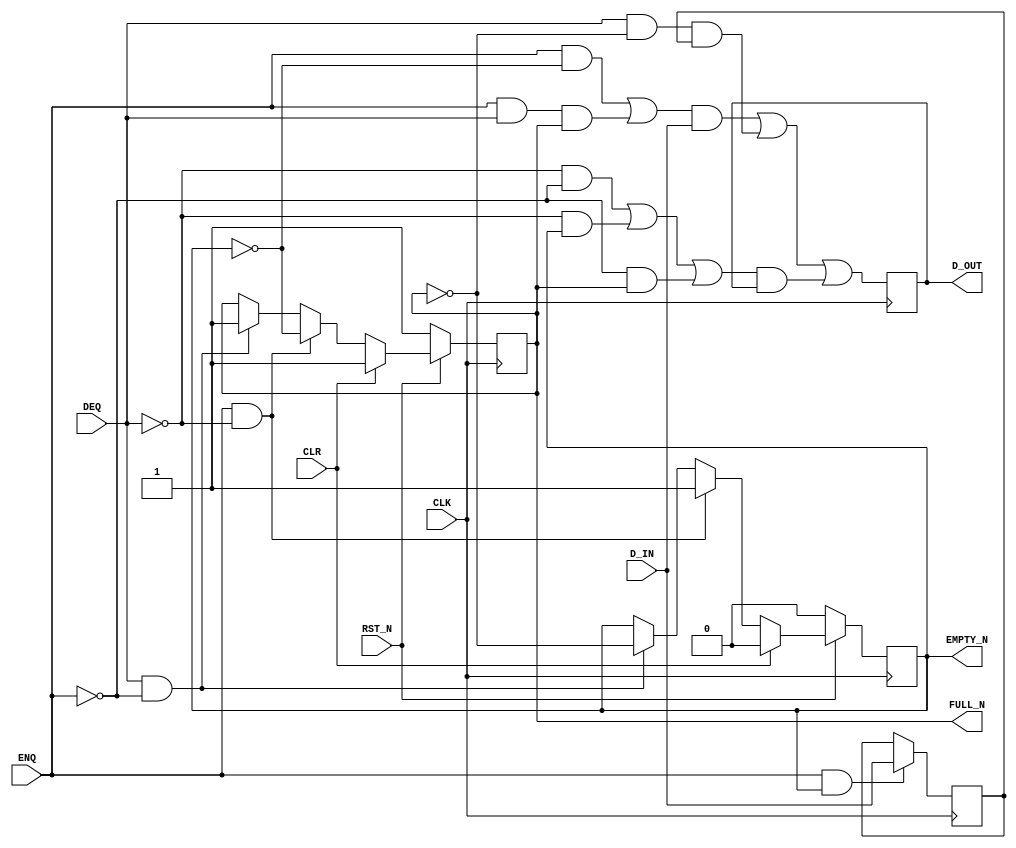

// Copyright (c) 2000-2009 Bluespec, Inc.

// Permission is hereby granted, free of charge, to any person obtaining a copy
// of this software and associated documentation files (the "Software"), to deal
// in the Software without restriction, including without limitation the rights
// to use, copy, modify, merge, publish, distribute, sublicense, and/or sell
// copies of the Software, and to permit persons to whom the Software is
// furnished to do so, subject to the following conditions:

// The above copyright notice and this permission notice shall be included in
// all copies or substantial portions of the Software.

// THE SOFTWARE IS PROVIDED "AS IS", WITHOUT WARRANTY OF ANY KIND, EXPRESS OR
// IMPLIED, INCLUDING BUT NOT LIMITED TO THE WARRANTIES OF MERCHANTABILITY,
// FITNESS FOR A PARTICULAR PURPOSE AND NONINFRINGEMENT. IN NO EVENT SHALL THE
// AUTHORS OR COPYRIGHT HOLDERS BE LIABLE FOR ANY CLAIM, DAMAGES OR OTHER
// LIABILITY, WHETHER IN AN ACTION OF CONTRACT, TORT OR OTHERWISE, ARISING FROM,
// OUT OF OR IN CONNECTION WITH THE SOFTWARE OR THE USE OR OTHER DEALINGS IN
// THE SOFTWARE.
//
// $Revision: 24080 $
// $Date: 2011-05-18 19:32:52 +0000 (Wed, 18 May 2011) $

`ifdef BSV_ASSIGNMENT_DELAY
`else
`define BSV_ASSIGNMENT_DELAY
`endif


// Depth 2 FIFO
module FIFO2(CLK,
             RST_N,
             D_IN,
             ENQ,
             FULL_N,
             D_OUT,
             DEQ,
             EMPTY_N,
             CLR);

   parameter width = 1;
   parameter guarded = 1;

   input     CLK ;
   input     RST_N ;
   input [width - 1 : 0] D_IN;
   input                 ENQ;
   input                 DEQ;
   input                 CLR ;

   output                FULL_N;
   output                EMPTY_N;
   output [width - 1 : 0] D_OUT;

   reg                    full_reg;
   reg                    empty_reg;
   reg [width - 1 : 0]    data0_reg;
   reg [width - 1 : 0]    data1_reg;

   assign                 FULL_N = full_reg ;
   assign                 EMPTY_N = empty_reg ;
   assign                 D_OUT = data0_reg ;


   // Optimize the loading logic since state encoding is not power of 2!
   wire                   d0di = (ENQ && ! empty_reg ) || ( ENQ && DEQ && full_reg ) ;
   wire                   d0d1 = DEQ && ! full_reg ;
   wire                   d0h = ((! DEQ) && (! ENQ )) || (!DEQ && empty_reg ) || ( ! ENQ &&full_reg) ;
   wire                   d1di = ENQ & empty_reg ;

`ifdef BSV_NO_INITIAL_BLOCKS
`else // not BSV_NO_INITIAL_BLOCKS
   // synopsys translate_off
   initial
     begin
        data0_reg   = {((width + 1)/2) {2'b10}} ;
        data1_reg  = {((width + 1)/2) {2'b10}} ;
        empty_reg = 1'b0;
        full_reg  = 1'b1;
     end // initial begin
   // synopsys translate_on
`endif // BSV_NO_INITIAL_BLOCKS

   always@(posedge CLK /* or negedge RST_N */)
     begin
        if (!RST_N)
          begin
             empty_reg <= `BSV_ASSIGNMENT_DELAY 1'b0;
             full_reg  <= `BSV_ASSIGNMENT_DELAY 1'b1;
          end // if (RST_N == 0)
        else
          begin
             if (CLR)
               begin
                  empty_reg <= `BSV_ASSIGNMENT_DELAY 1'b0;
                  full_reg  <= `BSV_ASSIGNMENT_DELAY 1'b1;
               end // if (CLR)
             else if ( ENQ && ! DEQ ) // just enq
               begin
                  empty_reg <= `BSV_ASSIGNMENT_DELAY 1'b1;
                  full_reg <= `BSV_ASSIGNMENT_DELAY ! empty_reg ;
               end
             else if ( DEQ && ! ENQ )
               begin
                  full_reg  <= `BSV_ASSIGNMENT_DELAY 1'b1;
                  empty_reg <= `BSV_ASSIGNMENT_DELAY ! full_reg;
               end // if ( DEQ && ! ENQ )
          end // else: !if(RST_N == 0)

     end // always@ (posedge CLK or negedge RST_N)


   always@(posedge CLK /* or negedge RST_N */ )
     begin
        // Following section initializes the data registers which
        // may be desired only in some situations.
        // Uncomment to initialize array
        /*
        if (!RST_N)
          begin
             data0_reg <= `BSV_ASSIGNMENT_DELAY {width {1'b0}} ;
             data1_reg <= `BSV_ASSIGNMENT_DELAY {width {1'b0}} ;
          end
        else
         */
          begin
             data0_reg  <= `BSV_ASSIGNMENT_DELAY
                           {width{d0di}} & D_IN | {width{d0d1}} & data1_reg | {width{d0h}} & data0_reg ;
             data1_reg <= `BSV_ASSIGNMENT_DELAY
                          d1di ? D_IN : data1_reg ;
          end // else: !if(RST_N == 0)
     end // always@ (posedge CLK or negedge RST_N)



   // synopsys translate_off
   always@(posedge CLK)
     begin: error_checks
        reg deqerror, enqerror ;

        deqerror =  0;
        enqerror = 0;
        if ( RST_N )
          begin
             if ( ! empty_reg && DEQ )
               begin
                  deqerror =  1;
                  $display( "Warning: FIFO2: %m -- Dequeuing from empty fifo" ) ;
               end
             if ( ! full_reg && ENQ && (!DEQ || guarded) )
               begin
                  enqerror = 1;
                  $display( "Warning: FIFO2: %m -- Enqueuing to a full fifo" ) ;
               end
          end
     end // always@ (posedge CLK)
   // synopsys translate_on

endmodule